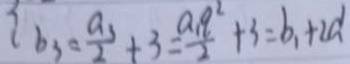
b _ { 3 } = \frac { a _ { 3 } } { 2 } + 3 = \frac { a _ { 1 } q ^ { 2 } } { 2 } + 3 = b _ { 1 } + 2 d